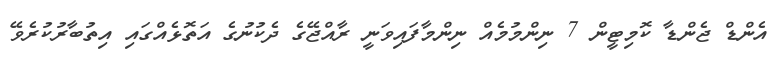
އެންޑް ޖެންޑާ ކޮމިޓީން 7 ނިންމުމެއް ނިންމާފައިވަނީ ރާއްޖޭގެ ދެކުނުގެ އަތޮޅެއްގައި އިތުބާރުކުރެވޭ